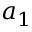
a _ { 1 }